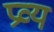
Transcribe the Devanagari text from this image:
प्रव्य